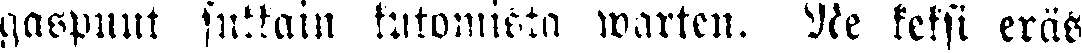
gaspuut sukkain kutomisia warten. Ne keksi eräs